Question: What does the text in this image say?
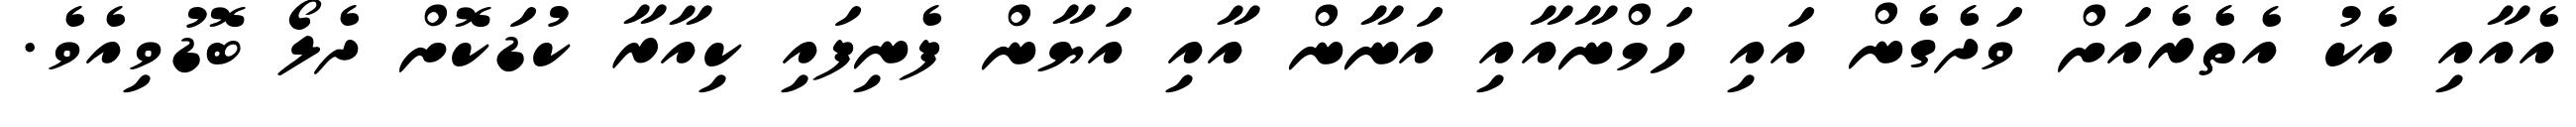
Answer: އެއާއި އެކު އެތެރެއަށް ވަދެގެން އައި ހަމްނާއާއި އަނާން އާއި އަޔާން ފެނިފައި ކިއާރާ ކުޑަކޮށް ދެލޯ ބޮޑުވިއެވެ.